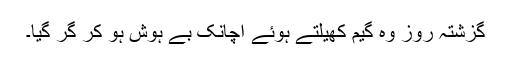
گزشتہ روز وہ گیم کھیلتے ہوئے اچانک بے ہوش ہو کر گر گیا۔